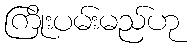
ကြိုးပမ်းမည်ဟု